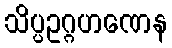
သိပ္ပဥဂ္ဂဟဏေန